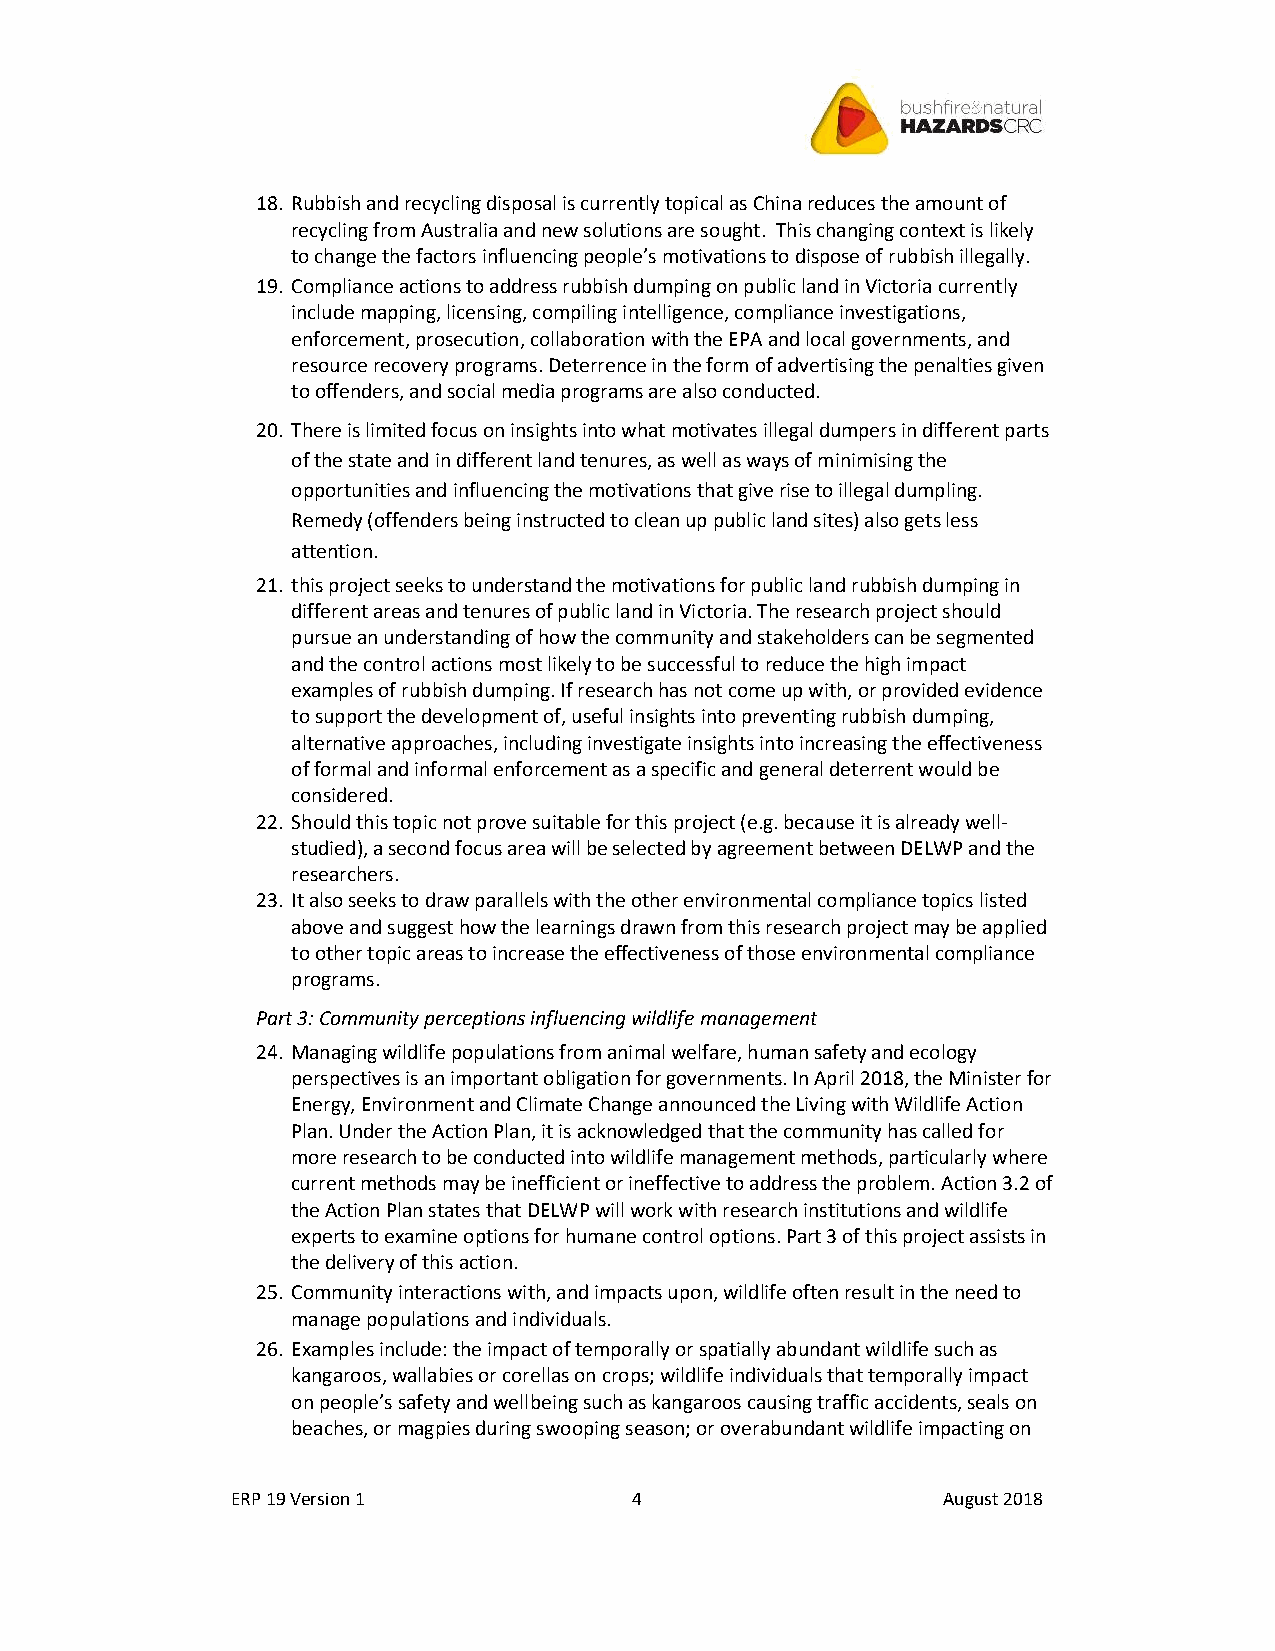
18. Rubbish and recycling disposal is currently topical as China reduces the amount of
 recycling from Australia and new solutions are sought. This changing context is likely
 to change the factors influencing people’s motivations to dispose of rubbish illegally.
 19. Compliance actions to address rubbish dumping on public land in Victoria currently
 include mapping, licensing, compiling intelligence, compliance investigations,
 enforcement, prosecution, collaboration with the EPA and local governments, and
 resource recovery programs. Deterrence in the form of advertising the penalties given
 to offenders, and social media programs are also conducted.
 20. There is limited focus on insights into what motivates illegal dumpers in different parts
 of the state and in different land tenures, as well as ways of minimising the
 opportunities and influencing the motivations that give rise to illegal dumpling.
 Remedy (offenders being instructed to clean up public land sites) also gets less
 attention.
 21. this project seeks to understand the motivations for public land rubbish dumping in
 different areas and tenures of public land in Victoria. The research project should
 pursue an understanding of how the community and stakeholders can be segmented
 and the control actions most likely to be successful to reduce the high impact
 examples of rubbish dumping. If research has not come up with, or provided evidence
 to support the development of, useful insights into preventing rubbish dumping,
 alternative approaches, including investigate insights into increasing the effectiveness
 of formal and informal enforcement as a specific and general deterrent would be
 considered.
 22. Should this topic not prove suitable for this project (e.g. because it is already well-
 studied), a second focus area will be selected by agreement between DELWP and the
 researchers.
 23. It also seeks to draw parallels with the other environmental compliance topics listed
 above and suggest how the learnings drawn from this research project may be applied
 to other topic areas to increase the effectiveness of those environmental compliance
 programs.
 Part 3: Community perceptions influencing wildlife management
 24. Managing wildlife populations from animal welfare, human safety and ecology
 perspectives is an important obligation for governments. In April 2018, the Minister for
 Energy, Environment and Climate Change announced the Living with Wildlife Action
 Plan. Under the Action Plan, it is acknowledged that the community has called for
 more research to be conducted into wildlife management methods, particularly where
 current methods may be inefficient or ineffective to address the problem. Action 3.2 of
 the Action Plan states that DELWP will work with research institutions and wildlife
 experts to examine options for humane control options. Part 3 of this project assists in
 the delivery of this action.
 25. Community interactions with, and impacts upon, wildlife often result in the need to
 manage populations and individuals.
 26. Examples include: the impact of temporally or spatially abundant wildlife such as
 kangaroos, wallabies or corellas on crops; wildlife individuals that temporally impact
 on people’s safety and wellbeing such as kangaroos causing traffic accidents, seals on
 beaches, or magpies during swooping season; or overabundant wildlife impacting on
 ERP 19 Version 1           4                   August 2018